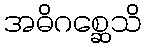
အဓိဂစ္ဆေသိ